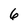
Character: 6